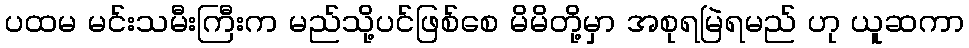
ပထမ မင်းသမီးကြီးက မည်သို့ပင်ဖြစ်စေ မိမိတို့မှာ အစုရမြဲရမည် ဟု ယူဆကာ